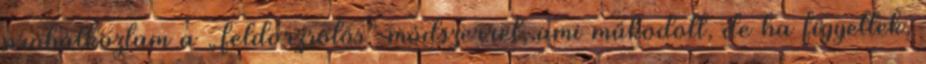
próbálkoztam a „feldörzsölős” módszerrel, ami működött, de ha figyeltek,